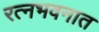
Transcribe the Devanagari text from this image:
रत्‍नभवनात